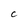
Character: C